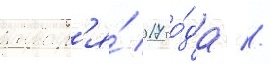
январ'я́ 2017 го́да //